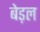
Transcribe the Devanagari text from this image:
बेड़ल